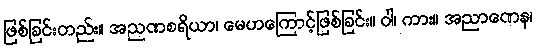
ဖြစ်ခြင်းတည်း။ အညဏစရိယာ၊ မေဟကြောင့်ဖြစ်ခြင်း။ ဝါ၊ ကား။ အညာဏေန၊